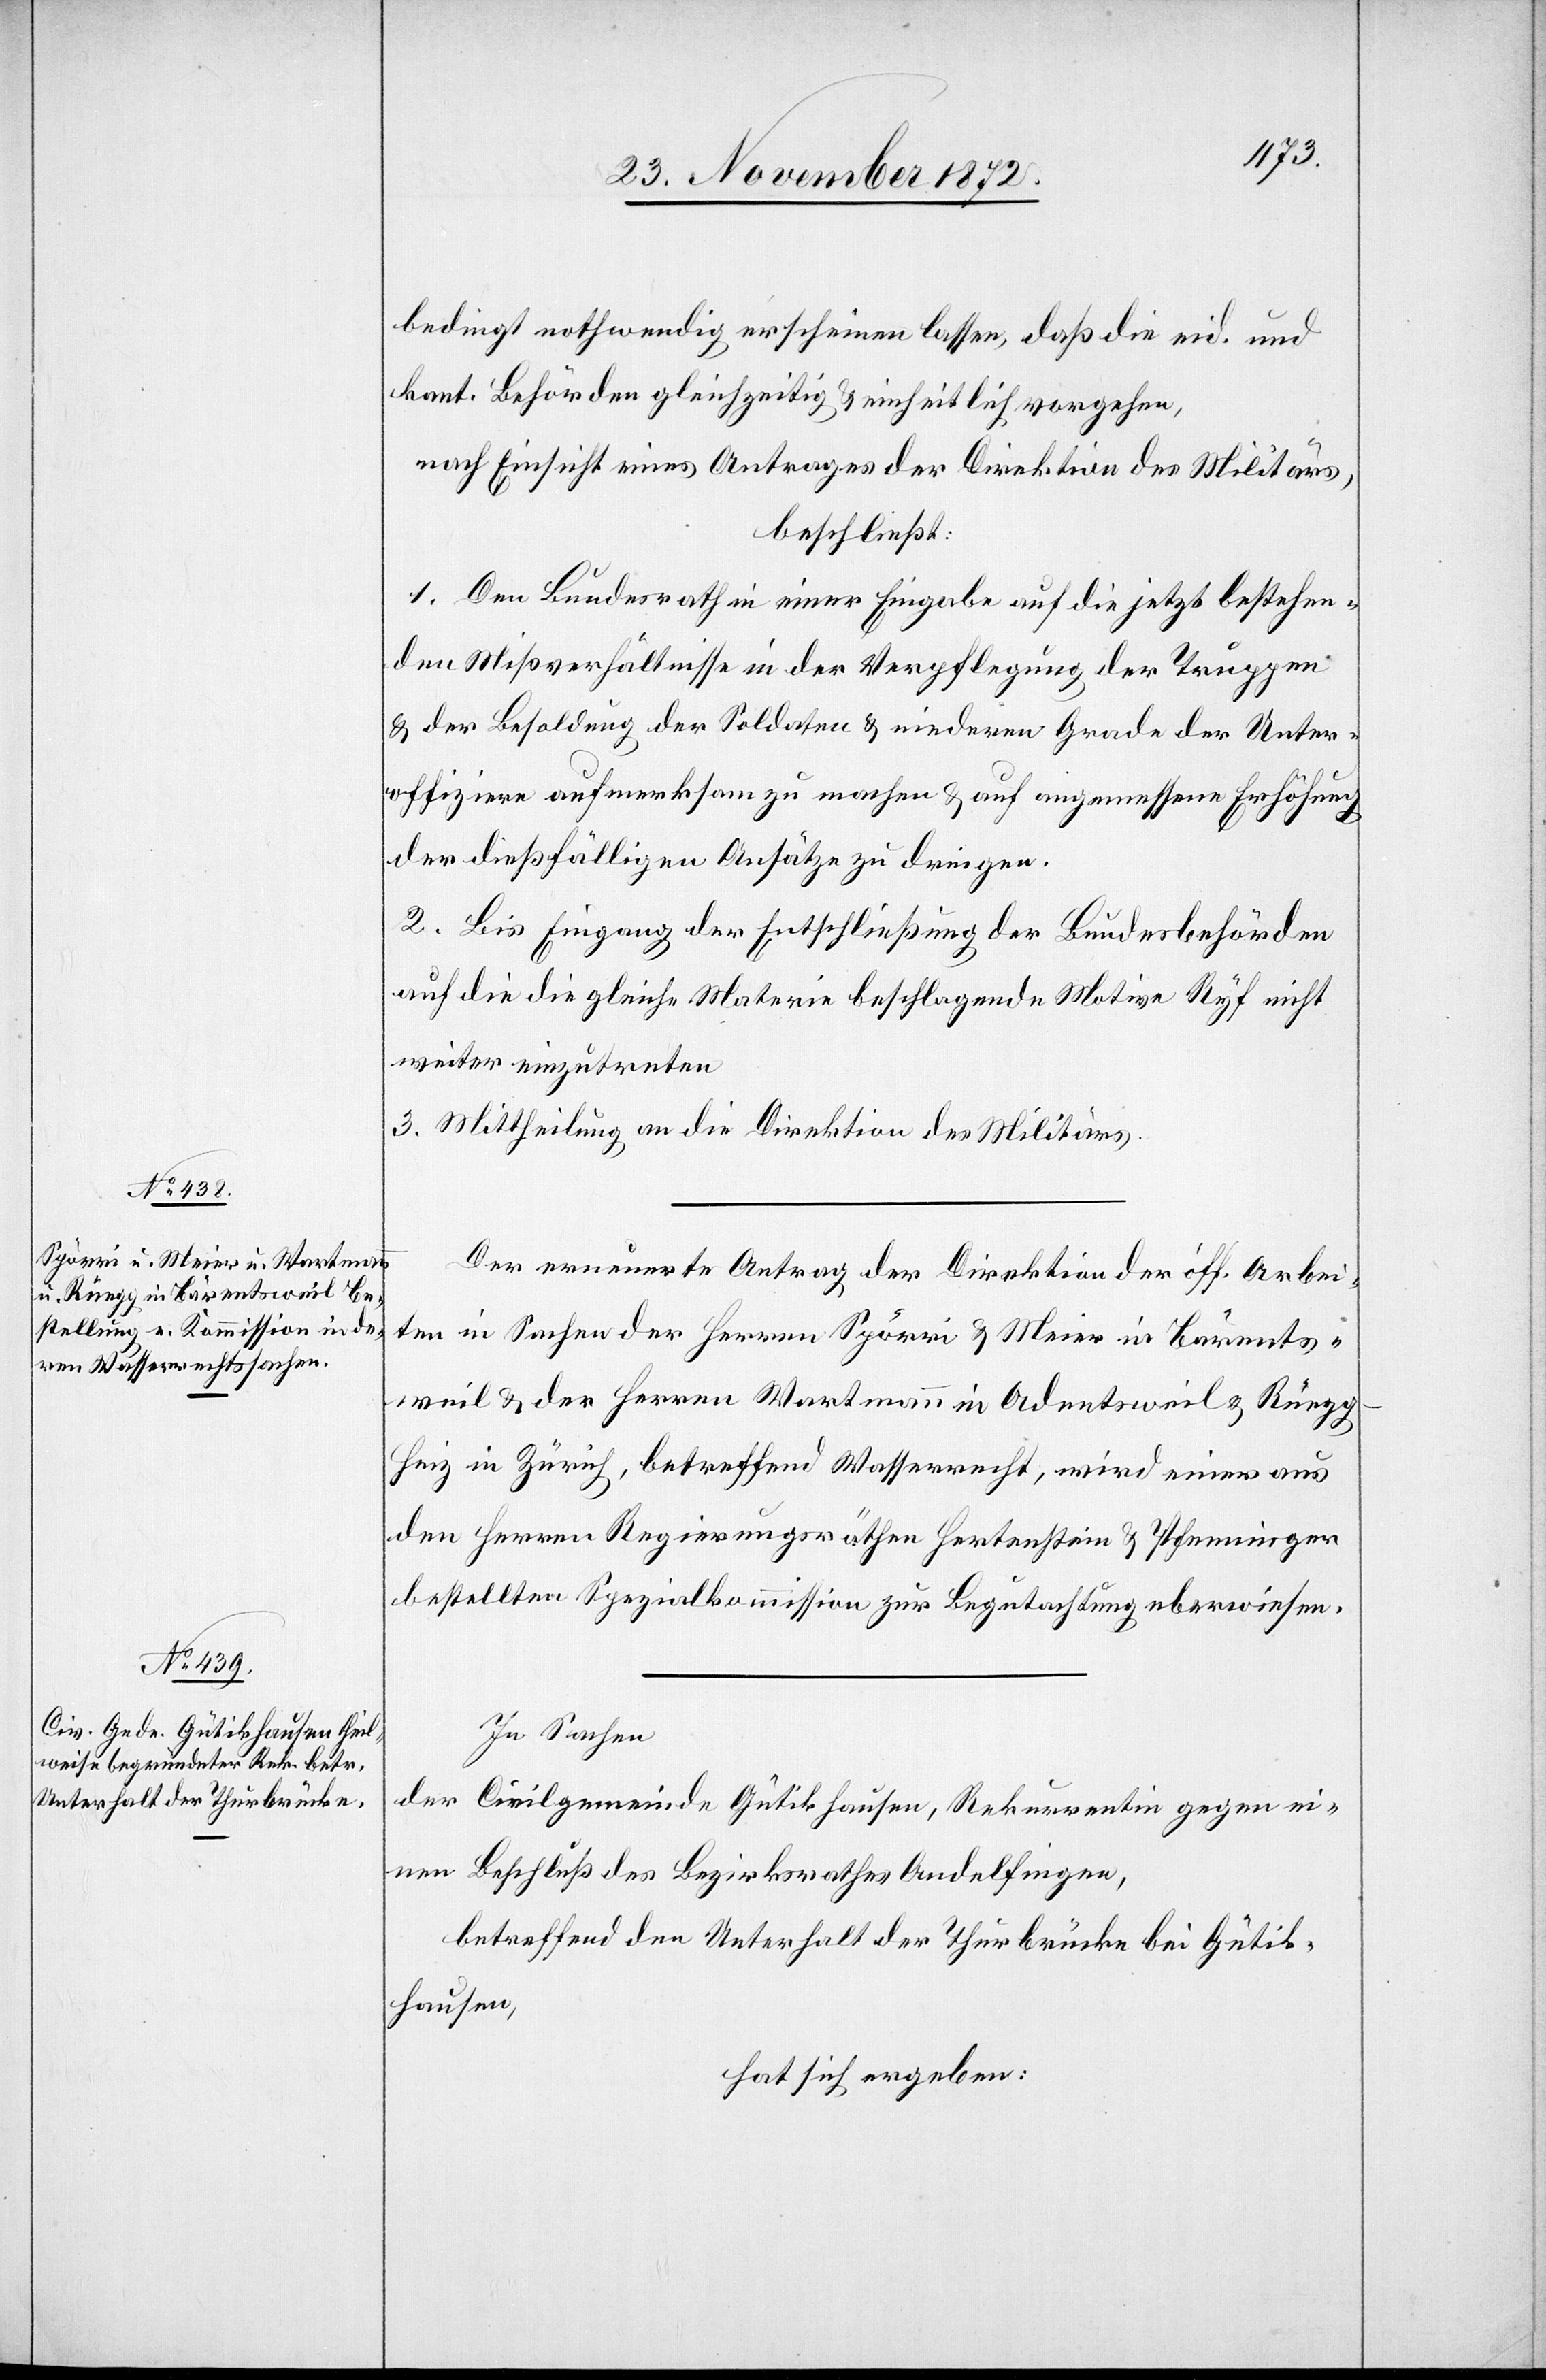
bedingt nothwendig erscheinen lassen, daß die eid. und
kant. Behörden gleichzeitig u. einheitlich vorgehen,
nach Einsicht eines Antrages der Direktion des Militärs,
beschließt:
1. Den Bundesrath in einer Eingabe auf die jetzt bestehen¬
den Mißverhältnisse in der Verpflegung der Truppen
u. der Besoldung der Soldaten u. niederen Grade der Unter¬
offiziere aufmerksam zu machen u. auf angemessene Erhöhung
der dießfälligen Ansätze zu dringen.
2. Bis Eingang der Entschließung der Bundesbehörden
auf die die gleiche Materie beschlagende Motive Ryf nicht
weiter einzutreten.
3. Mittheilung an die Direktion des Militärs.
Der erneuerte Antrag der Direktion der öff. Arbei¬
ten in Sachen der Herren Spörri u. Meier in Bärents¬
weil u. der Herren Wartmann in Adentsweil u. Rüeg¬
g-Heiz in Zürich, betreffend Wasserrecht, wird einen aus
den Herren Regierungsräthen Hertenstein u. Pfenninger
bestellten Spezialkommission zur Begutachtung überwiesen.
In Sachen
der Civilgemeinde Gütikhausen, Rekurrentin gegen ei¬
nen Beschluß des Bezirksrathes Andelfingen,
betreffend den Unterhalt der Thurbrücke bei Gütik¬
hausen,
hat sich ergeben: